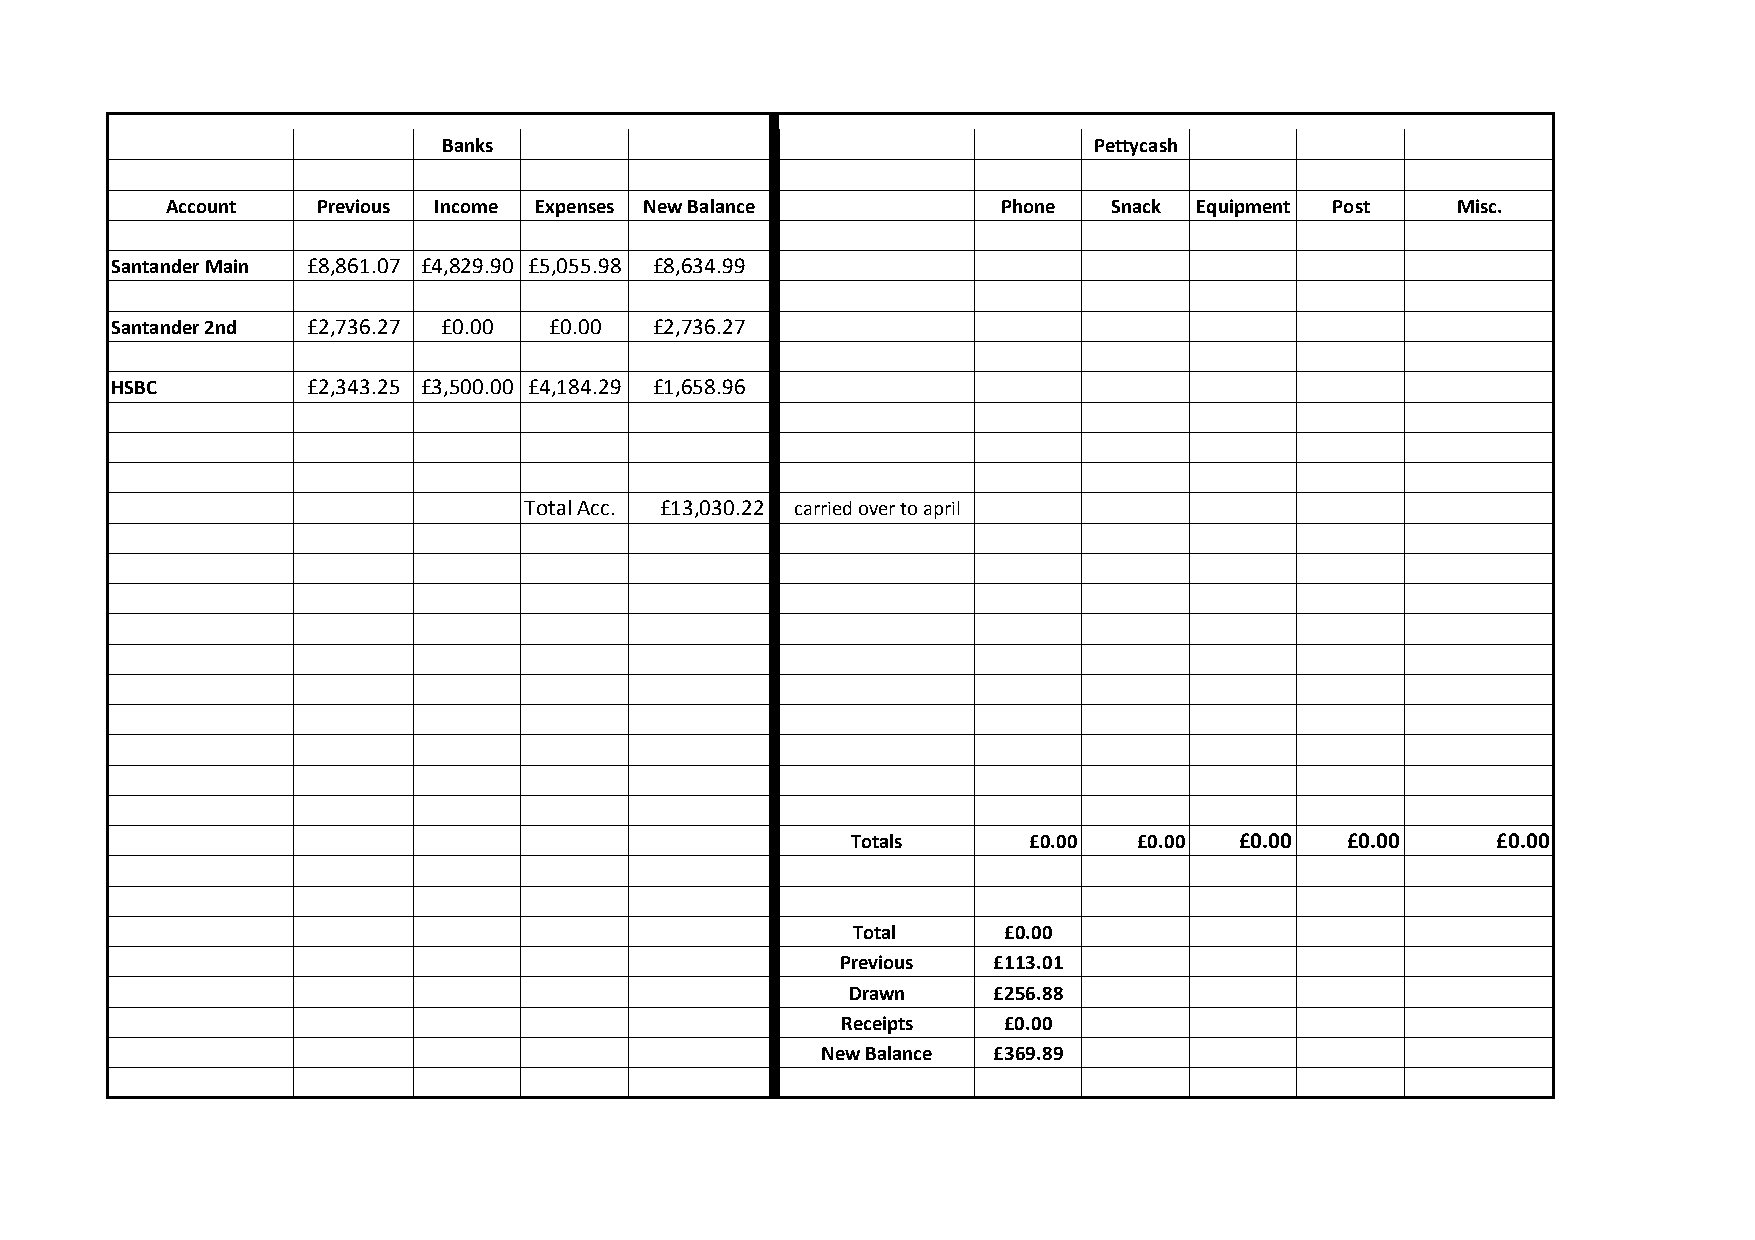
Banks                                      Pettycash
 Account   Previous Income Expenses New Balance         Phone   Snack Equipment Post  Misc.
 Santander Main £8,861.07 £4,829.90 £5,055.98 £8,634.99
 Santander 2nd £2,736.27 £0.00 £0.00 £2,736.27
 HSBC         £2,343.25 £3,500.00 £4,184.29 £1,658.96
 Total Acc. £13,030.22 carried over to april
 Totals      £0.00  £0.00  £0.00  £0.00     £0.00
 Total      £0.00
 Previous  £113.01
 Drawn     £256.88
 Receipts   £0.00
 New Balance £369.89